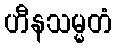
ဟီနသမ္မတံ